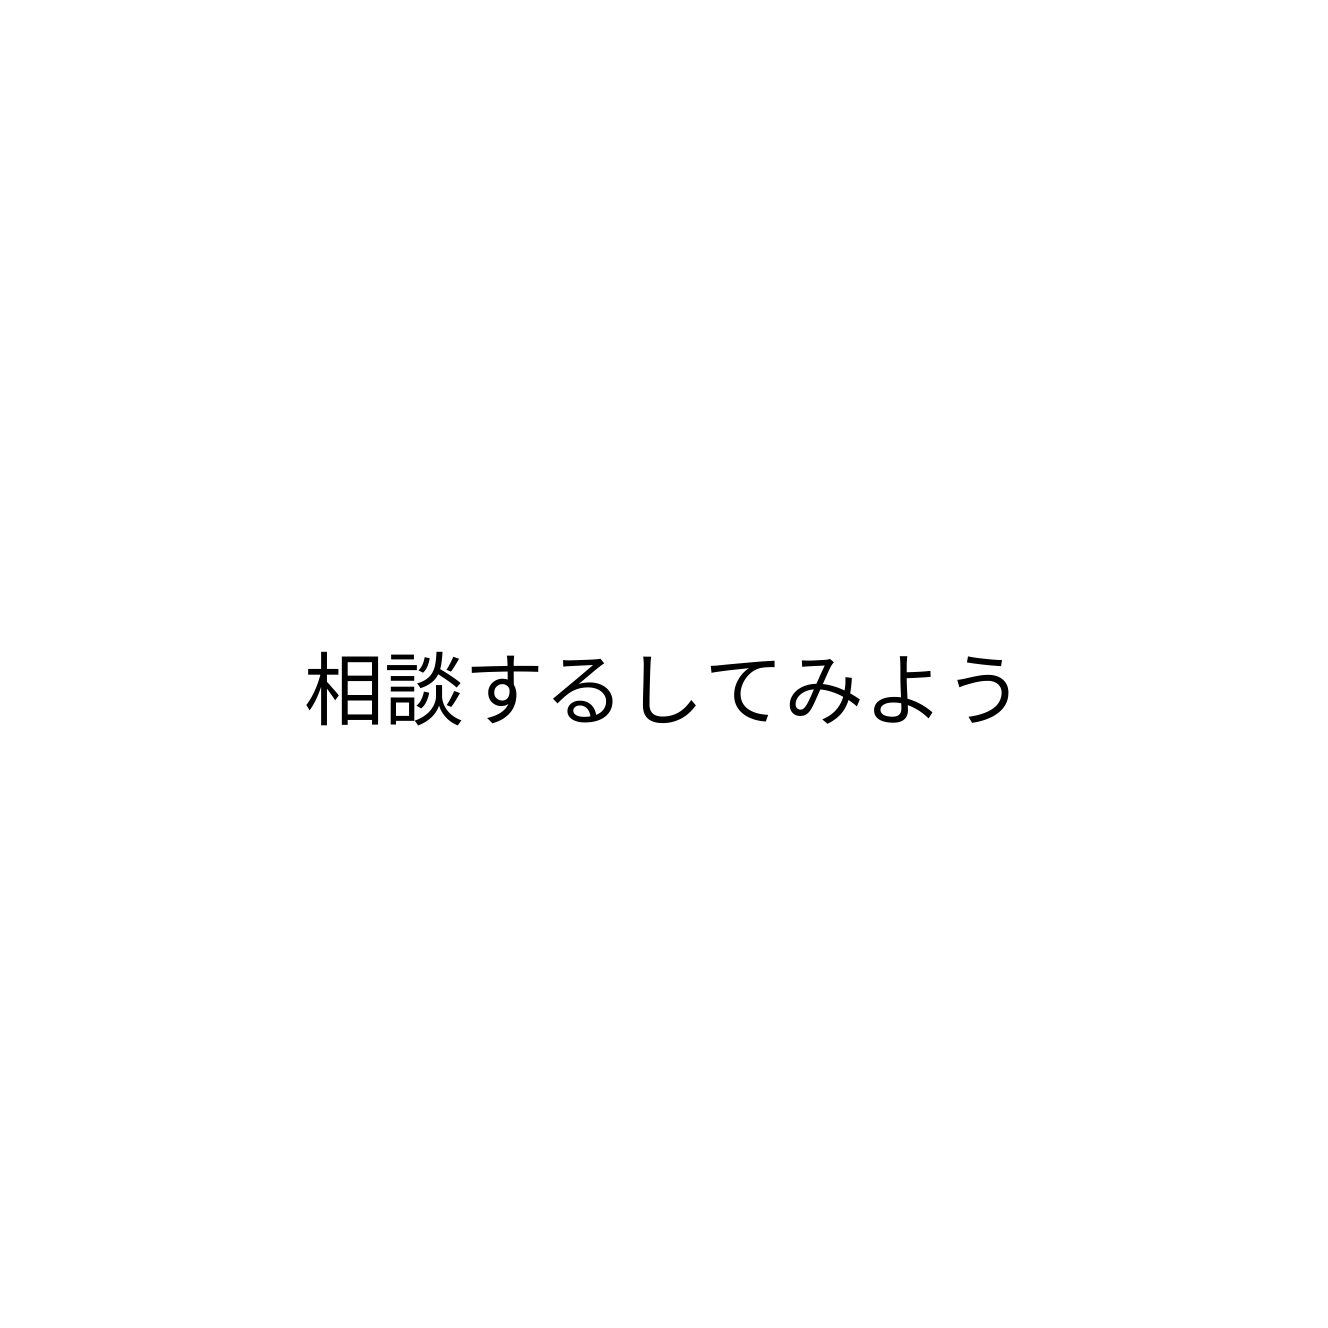
相談するしてみよう